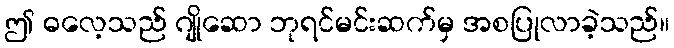
ဤ ဓလေ့သည် ဂျိုဆော ဘုရင်မင်းဆက်မှ အစပြုလာခဲ့သည်။